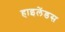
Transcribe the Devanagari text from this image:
हाइलेंडस